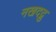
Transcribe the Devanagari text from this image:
नखदद्रु